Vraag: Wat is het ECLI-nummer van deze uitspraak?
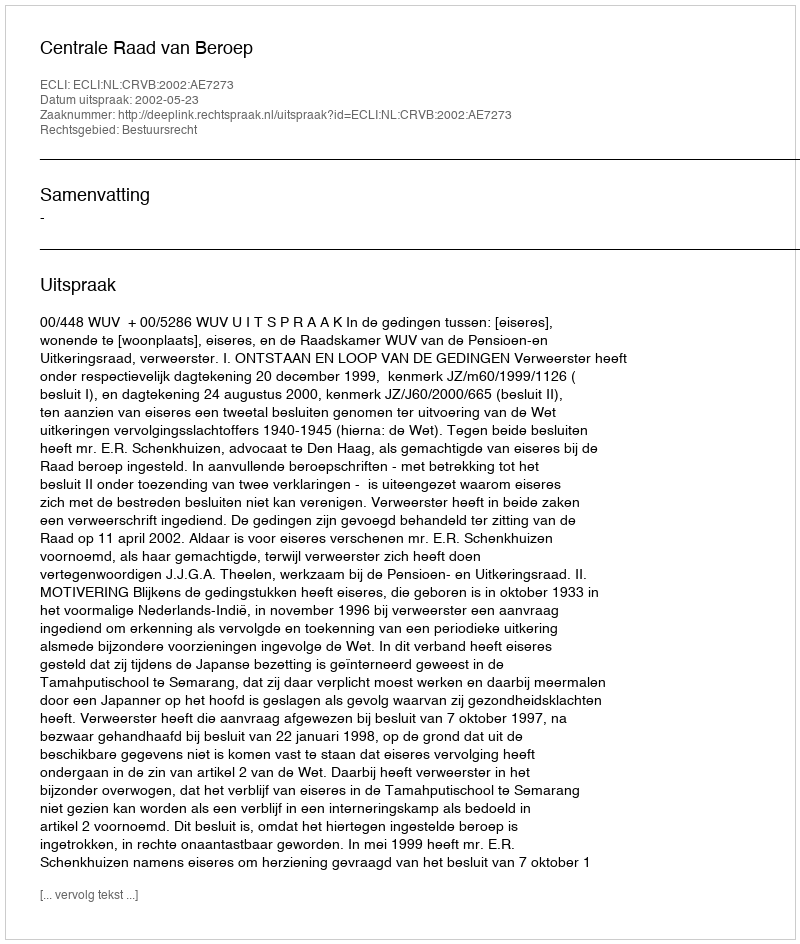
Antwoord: ECLI:NL:CRVB:2002:AE7273